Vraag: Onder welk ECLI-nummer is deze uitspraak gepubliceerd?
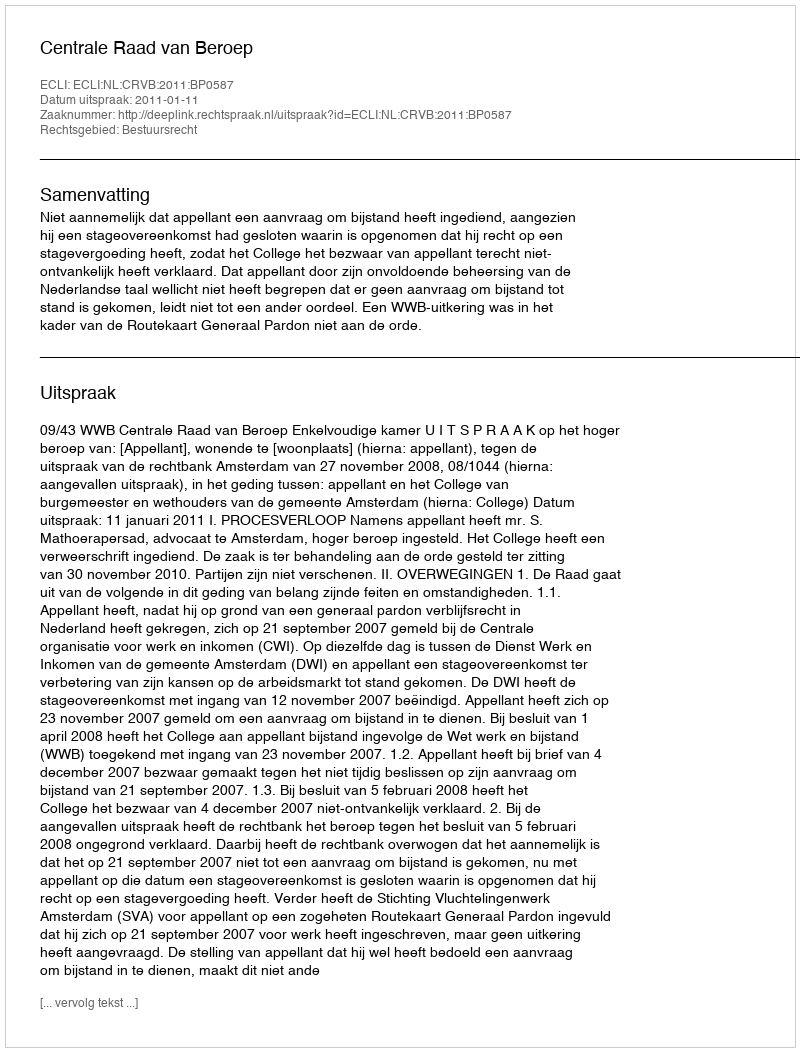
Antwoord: ECLI:NL:CRVB:2011:BP0587